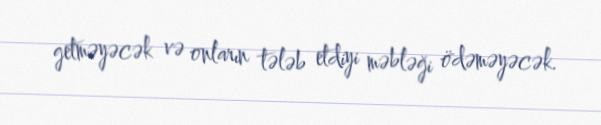
getməyəcək və onların tələb etdiyi məbləği ödəməyəcək.